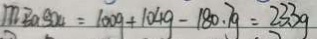
m B a S o _ { 4 } = 1 0 0 9 + 1 0 4 g - 1 8 0 . 7 g = 2 3 3 g